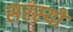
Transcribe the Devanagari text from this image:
सरस्‍यो